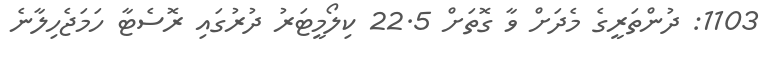
1103: ދުންތަރީގެ މެދަށް ވާ ގޮތަށް 22.5 ކިލޯމީޓަރު ދުރުގައި ރޮސެޓާ ހަމަޖެހިލާނެ